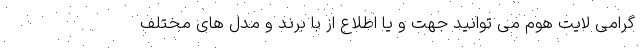
گرامی لایت هوم می توانید جهت و یا اطلاع از با برند و مدل های مختلف